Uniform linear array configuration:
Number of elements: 16
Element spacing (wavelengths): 1
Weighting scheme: cosine
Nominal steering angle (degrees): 0
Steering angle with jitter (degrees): -0.8243
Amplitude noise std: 0.05
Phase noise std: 0.05

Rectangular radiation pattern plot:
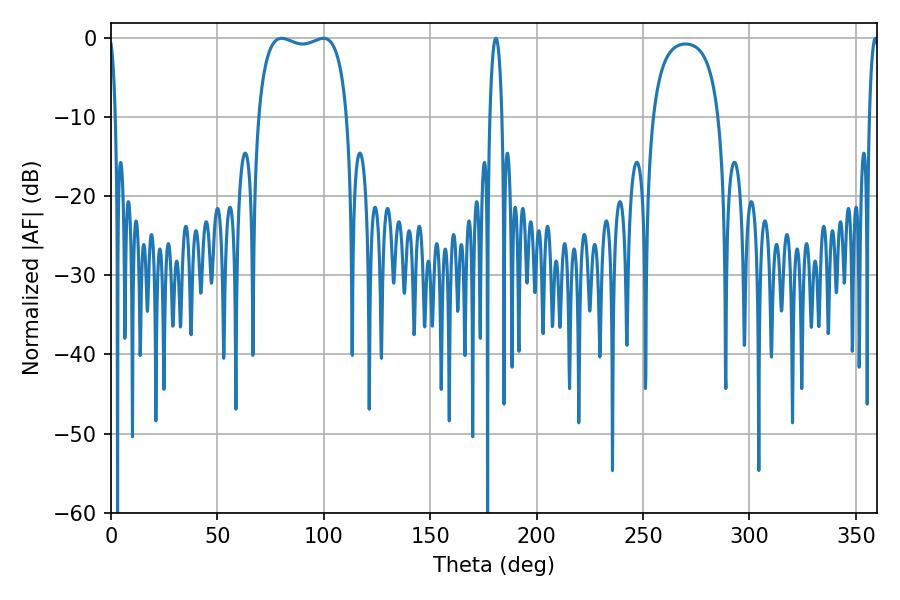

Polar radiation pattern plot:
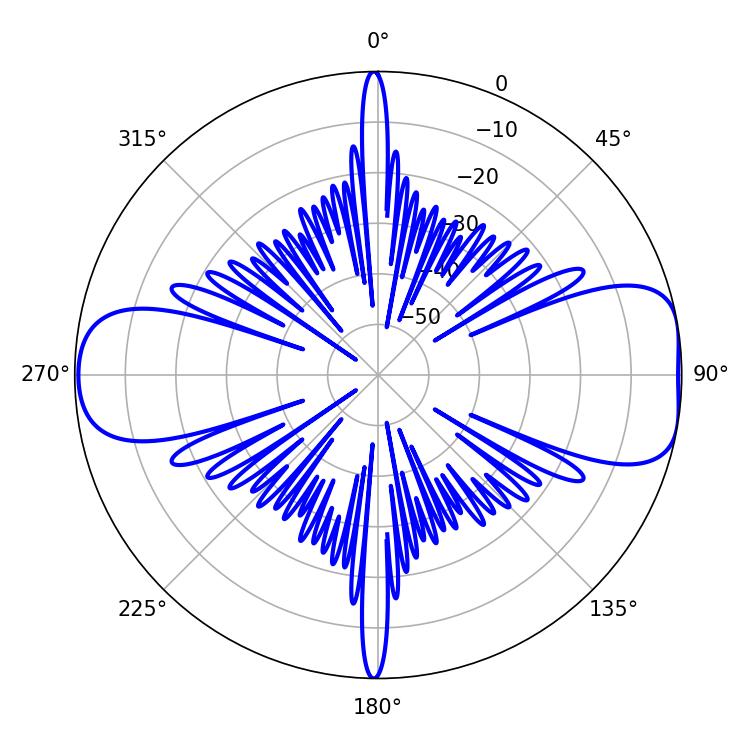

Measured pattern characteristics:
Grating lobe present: TRUE
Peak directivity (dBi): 9.132
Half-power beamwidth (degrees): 33.84
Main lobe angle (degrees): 80.1